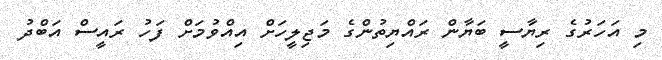
މި އަހަރުގެ ރިޔާސީ ބަޔާން ރައްޔިތުންގެ މަޖިލީހަށް އިއްވުމަށް ފަހު ރައީސް އަބްދު